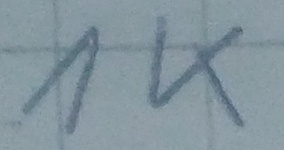
Text: 1K